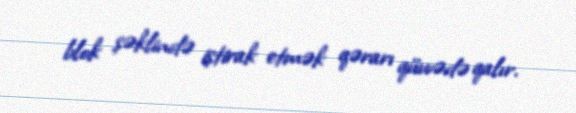
blok şəklində iştirak etmək qərarı qüvvədə qalır.